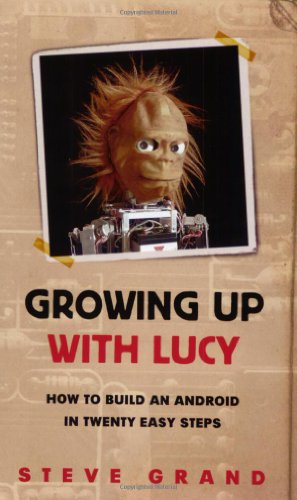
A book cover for Growing Up with Lucy: How to Build an Android in Twenty Easy Steps; Steve Grand; Computers & Technology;